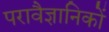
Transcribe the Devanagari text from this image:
परावैज्ञानिकों